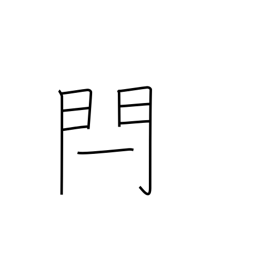
Meaning: gate bar